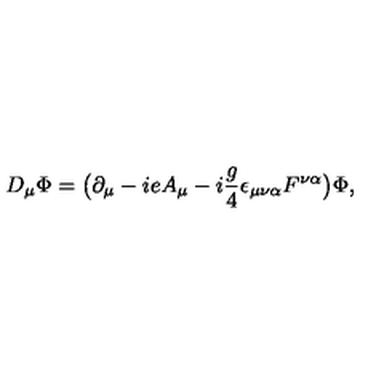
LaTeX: D _ { \mu } \Phi = \big ( \partial _ { \mu } - i e A _ { \mu } - i { \frac { g } { 4 } } \epsilon _ { \mu \nu \alpha } F ^ { \nu \alpha } \big ) \Phi ,